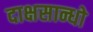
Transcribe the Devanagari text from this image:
दाक्षसान्धो